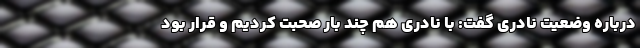
درباره وضعیت نادری گفت: با نادری هم چند بار صحبت کردیم و قرار بود